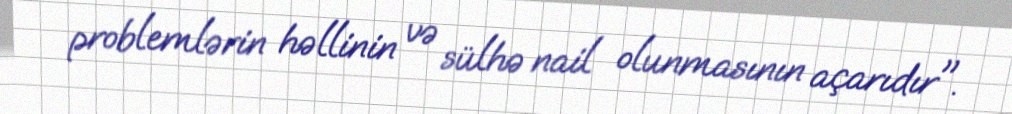
problemlərin həllinin və sülhə nail olunmasının açarıdır".